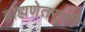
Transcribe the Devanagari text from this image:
ब्राह्मणेतराशी